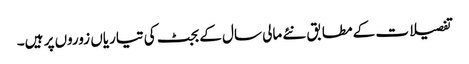
تفصیلات کے مطابق نئے مالی سال کے بجٹ کی تیاریاں زوروں پر ہیں۔